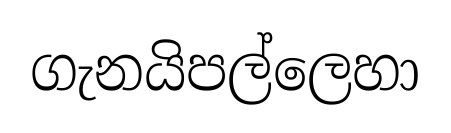
ගැනයිපල්ලෙහා